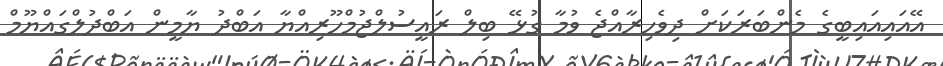
އޭއައިއައިބީގެ މެންބަރަކަށް ދިވެހިރާއްޖެ ވުމާ ގުޅޭ ބިލް ރައީސުލްޖުމްހޫރިއްޔާ އަބްދު ޔާމީން އަބްދުލްގައްޔޫމް